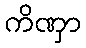
ကိဏှာ